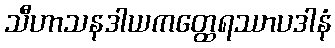
သီဟာသနဒါယကတ္ထေရဿာပဒါနံ